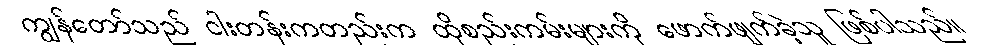
ကျွန်တော်သည် ငါးတန်းကတည်းက ထိုစည်းကမ်းများကို ဖောက်ဖျက်ခဲ့သူ ဖြစ်ပါသည်။